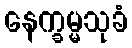
နေက္ခမ္မသုခံ